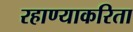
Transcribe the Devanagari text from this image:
रहाण्याकरिता